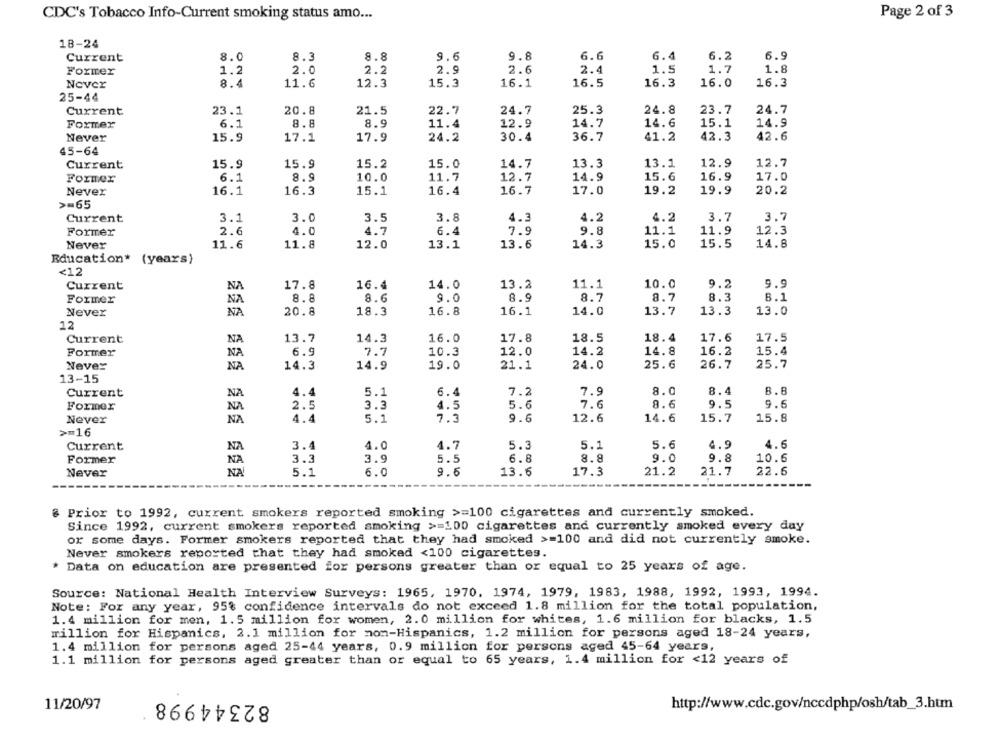
CDC's Tobacco Info-Current smoking status amo ...
Page 2 of 3
18-24
Current
8.0
8.3
8.8
9.6
9.8
6.6
6.4
6.2
6.9
Former
1.2
2.0
2.2
2.9
2.6
2.4
1.5
1.7
1.8
Never
8.4
11.6
12.3
15.3
16.1
16.5
16.3
16.0
16.3
25-44
Current
23.1
20.8
21.5
24.7
25.3
24.8
23.7
24.7
22.7
Former
6.1
8.8
8.9
11.4
12.9
14.7
14.6
15.1
14.9
Never
15.9
17.1
17.9
24.2
30.4
36.7
41.2
42.3
42.6
45-64
15.9
15.2
15.0
14.7
13.3
13.1
12.9
12.7
Current
15.9
Former
6.1
8.9
10.0
11.7
12.7
14.9
15.6
16.9
17.0
Never
16.1
16.3
15.1
16.4
16.7
17.0
19.2
19.9
20.2
>=65
Current
3.1
3.0
3.5
3.8
4.3
4.2
4.2
3.7
3.7
4.0
4.7
9.8
11.1
11.9
12.3
Former
2.6
6.4
7.9
Never
11.8
12.0
13.6
14.3
15.0
15.5
14.8
11.6
13.1
Education* (years)
<12
Current
NA
17.8
16.4
14.0
13.2
11.1
10.0
9.2
9.9
8.7
Former
NA
8.8
8.6
9.0
8.9
8.7
8.3
6.1
NA
20.8
16.8
16.1
14.0
13.7
13.3
13.0
Never
18.3
12
Current
NA
13.7
14.3
16.0
17.8
18.5
18.4
17.6
17.5
Former
NA
6.9
7.7
10.3
12.0
14.2
14.8
16.2
15.4
25.6
26.7
Never
NA
14.3
14.9
19.0
21.1
24.0
25.7
13-15
Current
NA
4.4
5.1
6.4
7.2
7.9
8.0
8.4
8.8
Former
NA
2.5
3.3
4.5
5.6
7.6
8.6
9.5
9.6
Never
NA
4.4
5.1
7.3
9.6
12.6
14.6
15.7
15.8
>=16
NA
3.4
4.0
4.7
5.1
5.6
4.9
4.6
Current
5.3
Former
NA
3.3
3.9
5.5
6.8
8.8
9.0
9.8
10.6
Never
NA
5.1
6.0
9.6
13.6
17.3
21.2
21.7
22.6
@ Prior to 1992, current smokers reported smoking >=100 cigarettes and currently smoked.
Since 1992, current smokers reported smoking >=100 cigarettes and currently smoked every day
or some days. Former smokers reported that they had smoked >=100 and did not currently smoke.
Never smokers reported that they had smoked <100 cigarettes.
Data on education are presented for persons greater than or equal to 25 years of age.
Source: National Health Interview Surveys: 1965, 1970. 1974, 1979, 1983, 1988, 1992, 1993, 1994.
Note: For any year, 95% confidence intervals do not exceed 1.8 million for the total population,
1.4 million for men, 1.5 million for women, 2.0 million for whites, 1.6 million for blacks, 1.5
million for Hispanics, 2.1 million for non-Hispanics, 1.2 million for persons aged 18-24 years,
1.4 million for persons aged 25-44 years, 0.9 million for persons aged 45-64 years,
1.1 million for persons aged greater than or equal to 65 years, 1.4 million for <12 years of
82344998
11/20/97
http://www.cdc.gov/nccdphp/osh/tab_3.htm